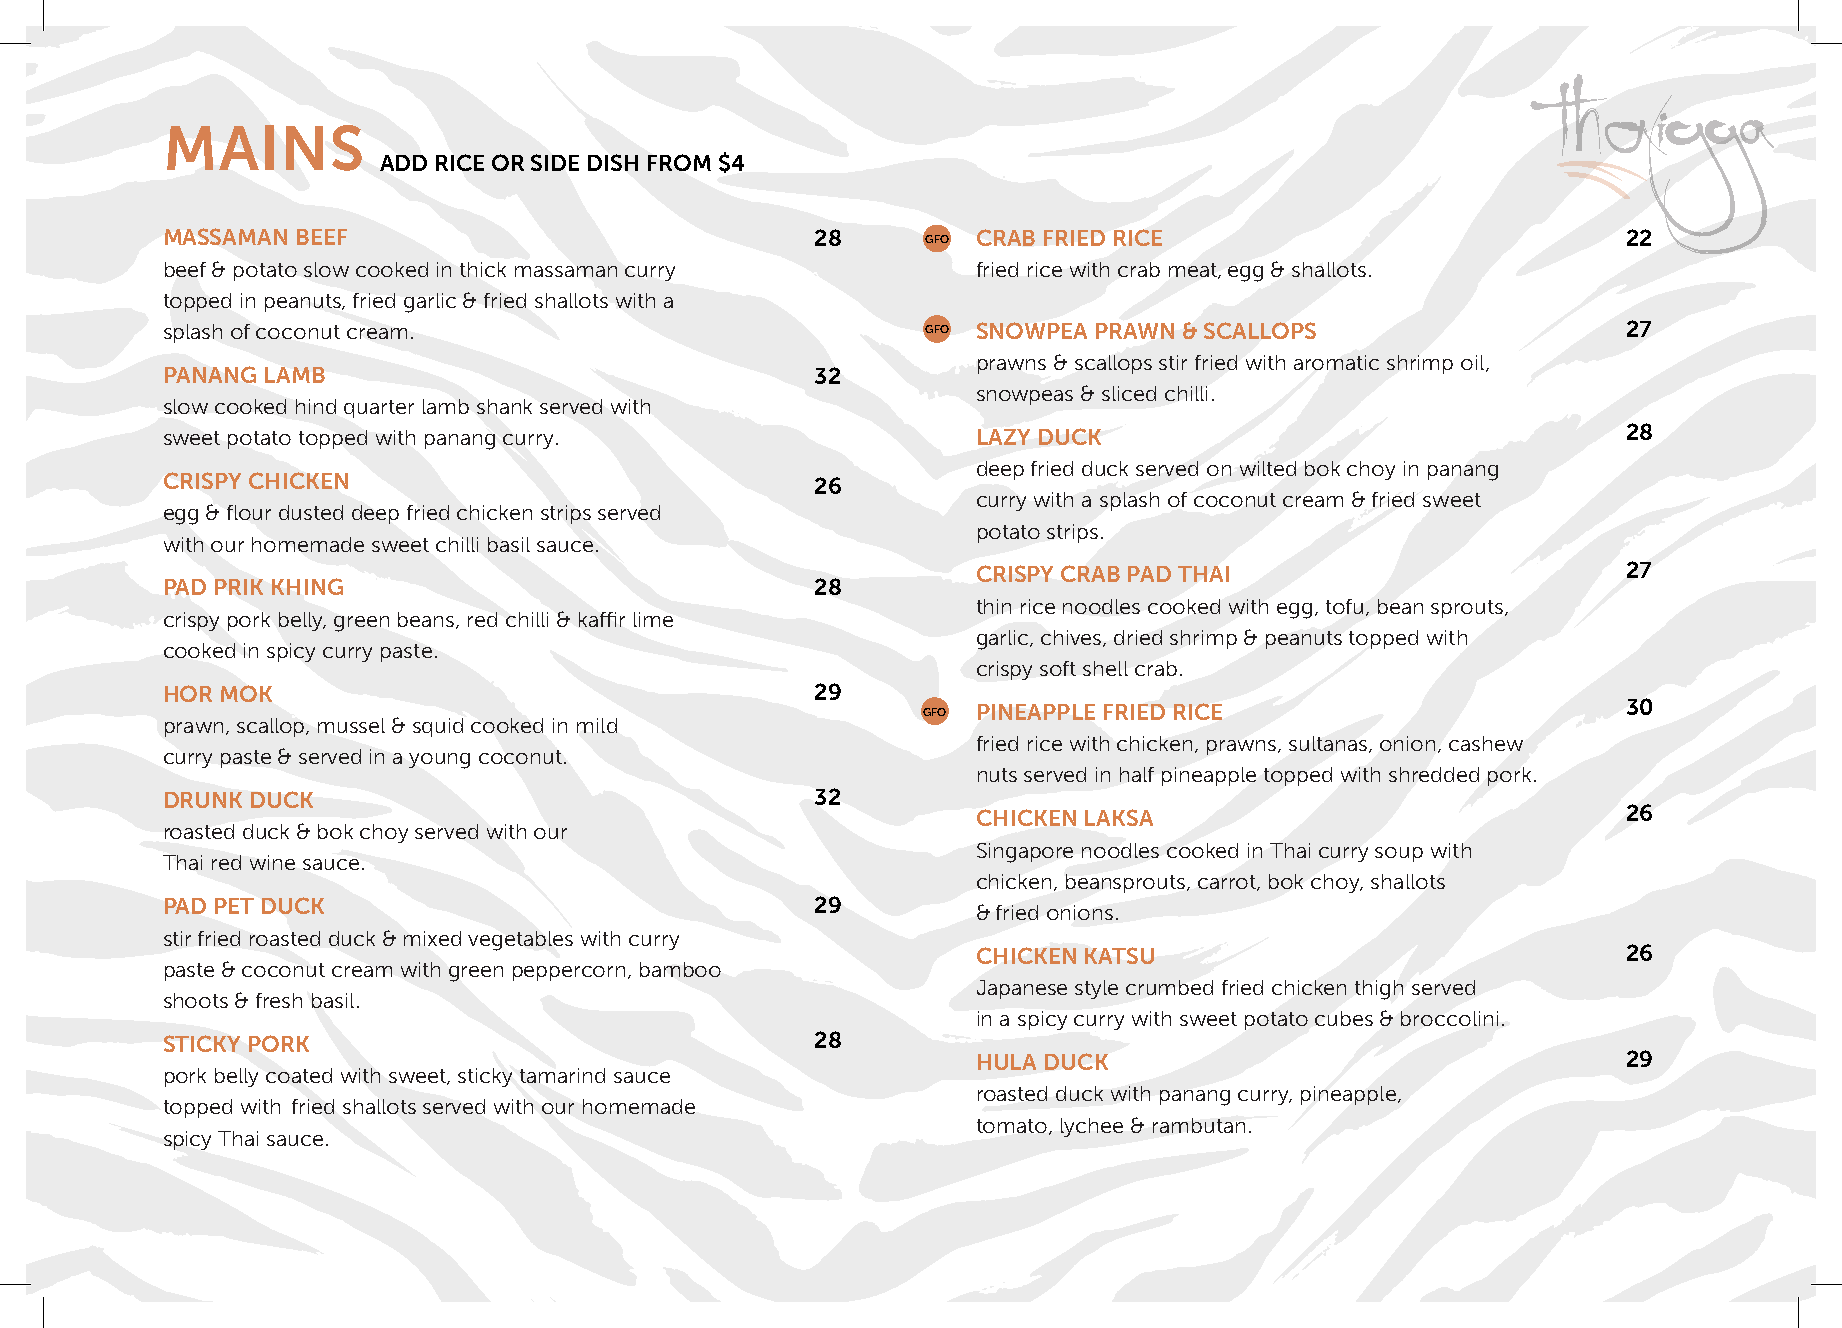
MAINS
 ADD RICE OR SIDE DISH FROM $4
 MASSAMAN BEEF                              28     GFO CRAB FRIED RICE                            22
 beef & potato slow cooked in thick massaman curry     fried rice with crab meat, egg & shallots.
 topped in peanuts, fried garlic & fried shallots with a
 splash of coconut cream.                          GFO SNOWPEA PRAWN & SCALLOPS                   27
 prawns & scallops stir fried with aromatic shrimp oil,
 PANANG LAMB                                32
 snowpeas & sliced chilli.
 slow cooked hind quarter lamb shank served with
 sweet potato topped with panang curry.                LAZY DUCK                                  28
 deep fried duck served on wilted bok choy in panang
 CRISPY CHICKEN                             26
 curry with a splash of coconut cream & fried sweet
 egg & flour dusted deep fried chicken strips served
 potato strips.
 with our homemade sweet chilli basil sauce.
 CRISPY CRAB PAD THAI                       27
 PAD PRIK KHING                             28
 thin rice noodles cooked with egg, tofu, bean sprouts,
 crispy pork belly, green beans, red chilli & kaffir lime
 garlic, chives, dried shrimp & peanuts topped with
 cooked in spicy curry paste.
 crispy soft shell crab.
 HOR MOK                                    29
 GFO PINEAPPLE FRIED RICE                       30
 prawn, scallop, mussel & squid cooked in mild
 fried rice with chicken, prawns, sultanas, onion, cashew
 curry paste & served in a young coconut.
 nuts served in half pineapple topped with shredded pork.
 DRUNK DUCK                                 32
 CHICKEN LAKSA                              26
 roasted duck & bok choy served with our
 Singapore noodles cooked in Thai curry soup with
 Thai red wine sauce.
 chicken, beansprouts, carrot, bok choy, shallots
 PAD PET DUCK                               29
 & fried onions.
 stir fried roasted duck & mixed vegetables with curry
 CHICKEN KATSU                              26
 paste & coconut cream with green peppercorn, bamboo
 Japanese style crumbed fried chicken thigh served
 shoots & fresh basil.
 in a spicy curry with sweet potato cubes & broccolini.
 STICKY PORK                                28
 HULA DUCK                                  29
 pork belly coated with sweet, sticky tamarind sauce
 roasted duck with panang curry, pineapple,
 topped with fried shallots served with our homemade
 tomato, lychee & rambutan.
 spicy Thai sauce.